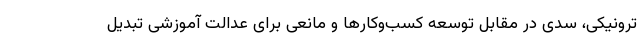
ترونیکی، سدی در مقابل توسعه کسب‌وکارها و مانعی برای عدالت آموزشی تبدیل